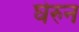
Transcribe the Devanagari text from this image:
घेरुन